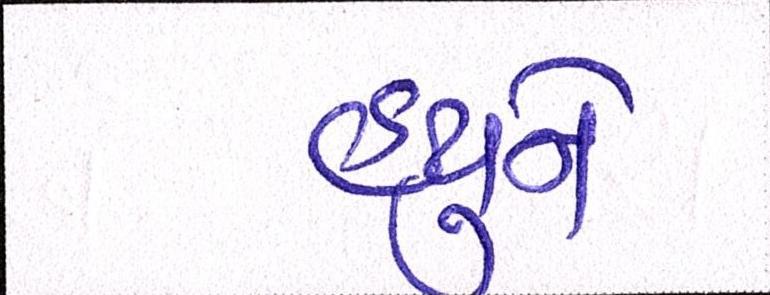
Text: હ્યુને